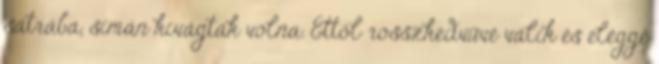
sátrába, simán kivágták volna. Ettől rosszkedvűvé válik és eléggé